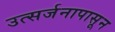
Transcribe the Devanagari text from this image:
उत्सर्जनापासून